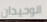
الوحيدان